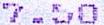
7.50